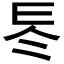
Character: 𠗁